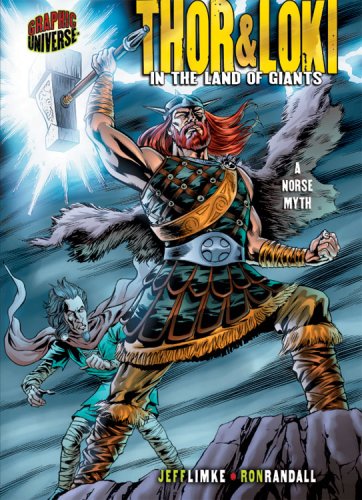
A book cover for Thor & Loki: In the Land of Giants: A Norse Myth (Graphic Myths and Legends) (Graphic Myths & Legends); Jeff Limke; Children's Books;